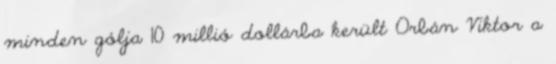
minden gólja 10 millió dollárba került Orbán Viktor a